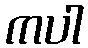
ကပါ